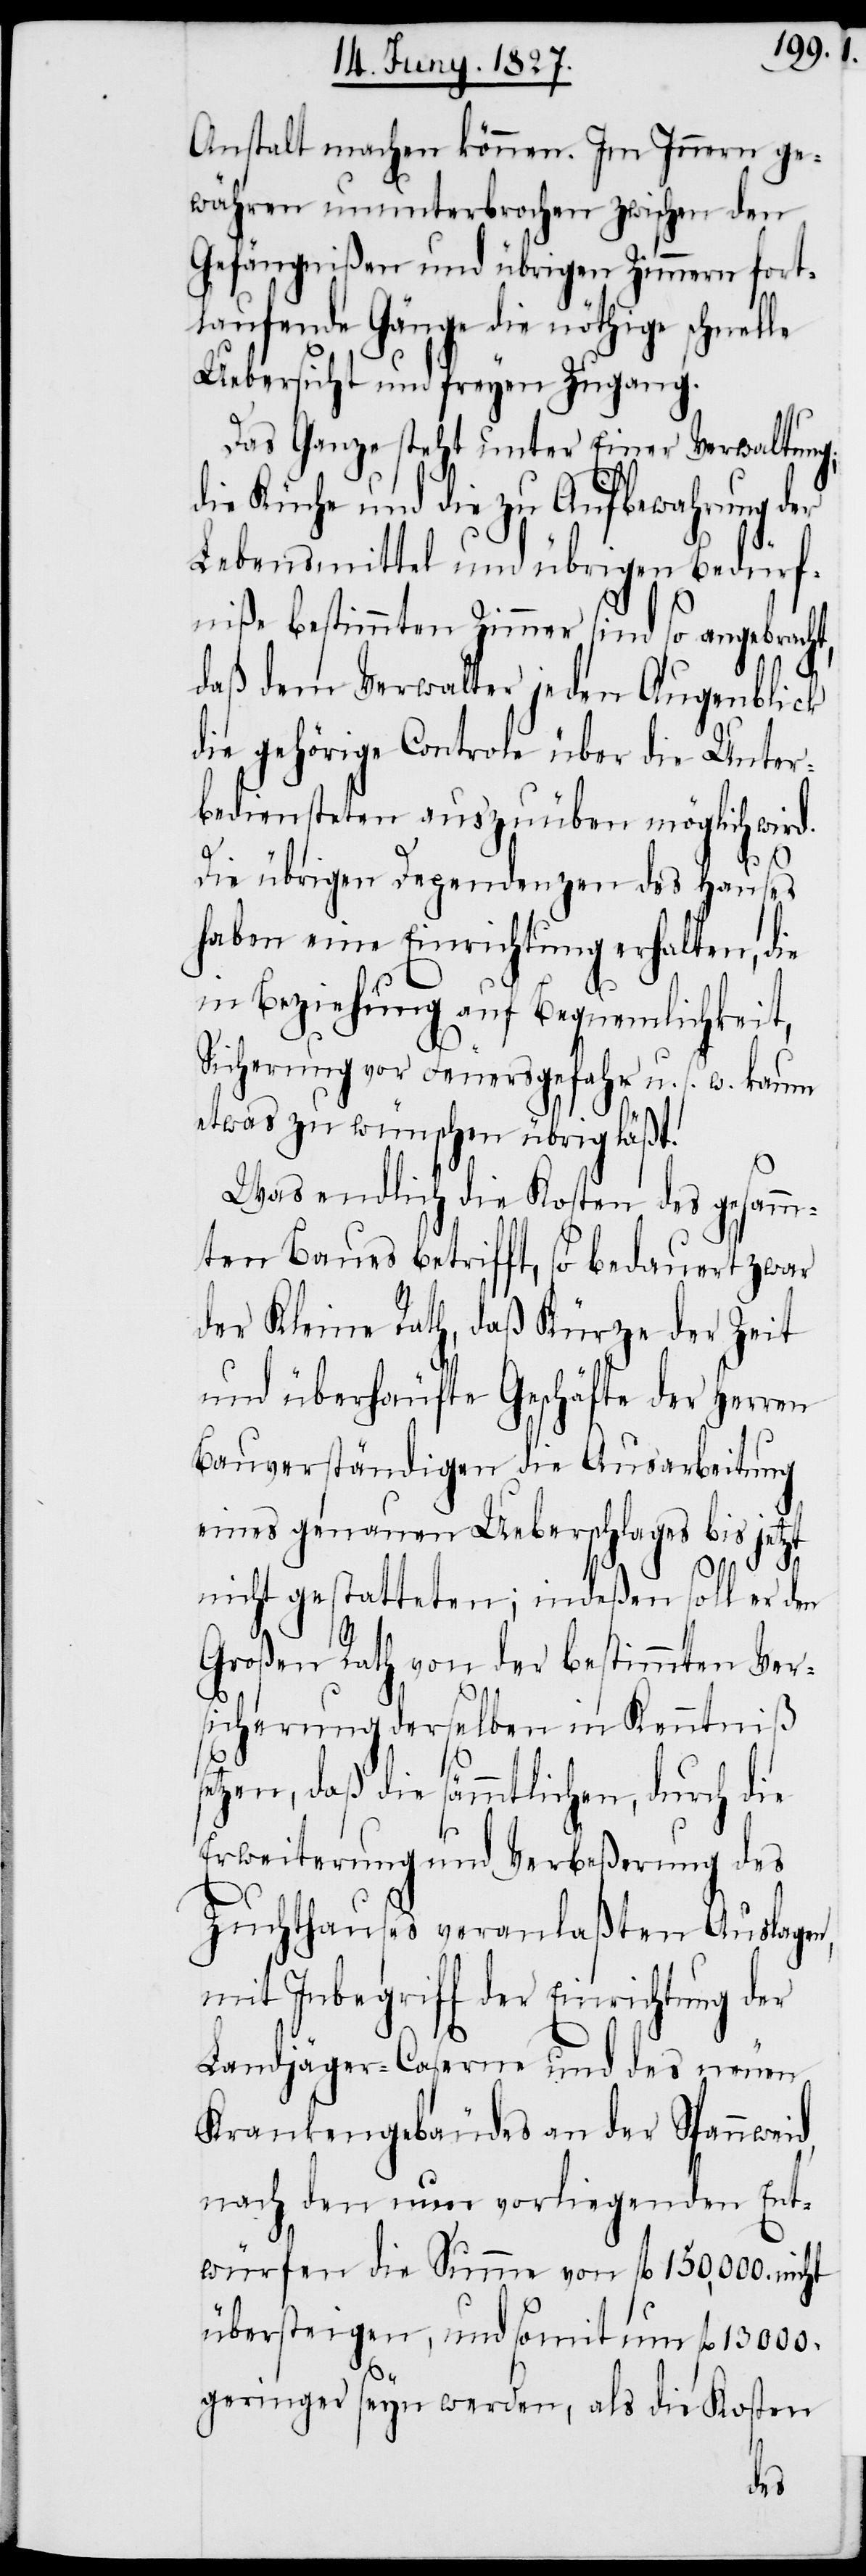
Anstalt machen können. Im Innern ge¬
währen ununterbrochen zwischen den
Gefängnißen und übrigen Zimmern fort¬
laufende Gänge die nöthige schnelle
Uebersicht und freyen Zugang.
Das Ganze steht unter Einer Verwaltung;
die Küche und die zu Aufbewahrung der
Lebensmittel und übrigen Bedürf¬
niße bestimmten Zimmer sind so angebracht,
daß dem Verwalter jeden Augenblick
die gehörige Controle über die Unter¬
bediensteten auszuüben möglich wird.
Die übrigen Dependenzen des Hauses
haben eine Einrichtung erhalten, die
in Beziehung auf Bequemlichkeit,
Sicherung vor Feuersgefahr u. s. w. kaum
etwas zu wünschen übrig läßt.
Was endlich die Kosten des gesamm¬
ten Baues betrifft, so bedauert zwar
der Kleine Rath, daß Kürze der Zeit
und überhäufte Geschäfte der Herren
Bauverständigen die Ausarbeitung
eines genauen Ueberschlages bis jetzt
nicht gestatteten; indeßen soll er den
Großen Rath von der bestimmten Ver¬
sicherung derselben in Kenntniß
setzen, daß die sämmlichen, durch die
Erweiterung und Verbeßerung des
Zuchthauses veranlaßten Auslagen,
mit Inbegriff der Einrichtung der
Landjäger-Caserne und des neuen
Krankengebäudes an der Spannweid,
nach den nun vorliegenden Ent¬
würfen die Summe von fl. 150,000. nicht
übersteigen, und somit um fl. 13000.
geringer seyn werden, als die Kosten